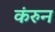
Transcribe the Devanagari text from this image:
कंरुन